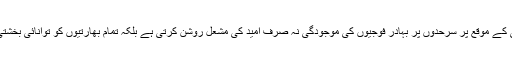
دیوالی کے موقع پر سرحدوں پر بہادر فوجیوں کی موجودگی نہ صرف امید کی مشعل روشن کرتی ہے بلکہ تمام بھارتیوں کو توانائی بخشتی ہے۔